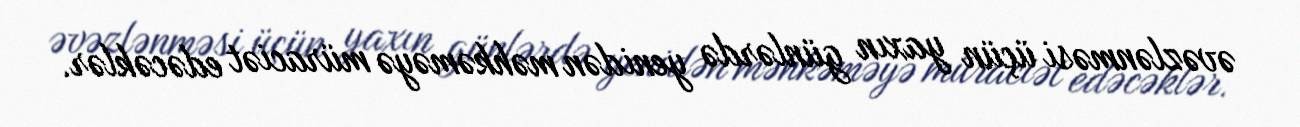
əvəzlənməsi üçün yaxın günlərdə yenidən məhkəməyə müraciət edəcəklər.